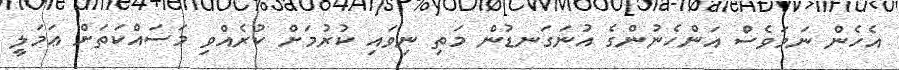
އެހެން ނަމަވެސް އަންހެނުންގެ އުނަގަނޑުން މަތި ނިވައި ކުރުމަށް ކުރެއްވި މަސައްކަތަށް ޢަމަލީ